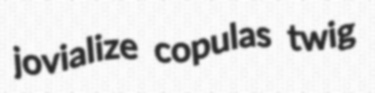
jovialize copulas twig